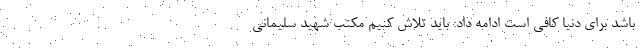
باشد برای دنیا کافی است ادامه داد: باید تلاش کنیم مکتب شهید سلیمانی